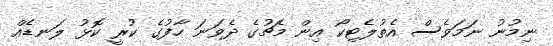
ނިމުނު ނަމަވެސް އެތުލެޓިކޯ އިން މެޗުގެ ދެވަނަ ހާފުގެ ކުރީ ކޮޅު ލަނޑެއް